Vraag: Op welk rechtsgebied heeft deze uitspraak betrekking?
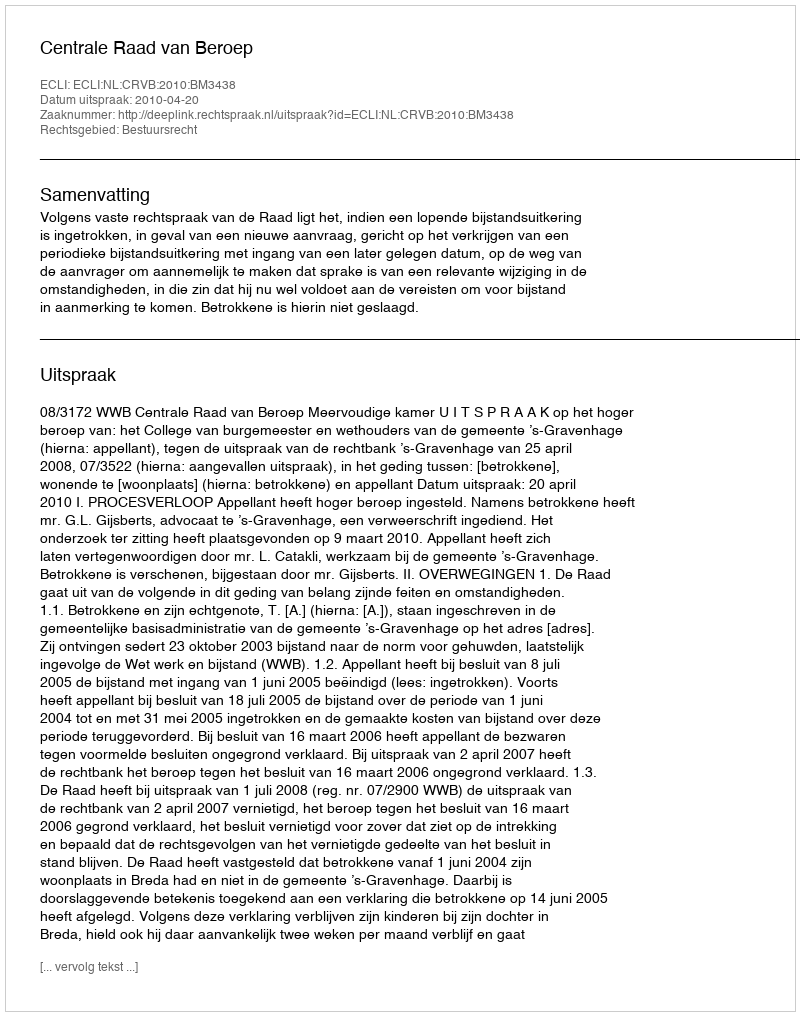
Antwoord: Bestuursrecht